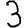
Digit: 3